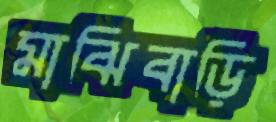
মাঝিবাড়ি